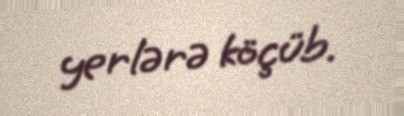
yerlərə köçüb.